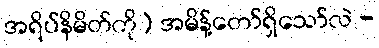
အရိပ်နိမိတ်ကို) အမိန့်တော်ရှိသော်လဲ -